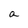
Character: a